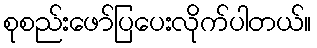
စုစည်းဖော်ပြပေးလိုက်ပါတယ်။